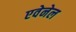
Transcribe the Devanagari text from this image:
एवेनेल